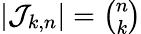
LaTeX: \textstyle|{\mathcal{J}}_{k,n}|={\binom{n}{k}}